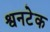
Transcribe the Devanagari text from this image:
श्वनटेक